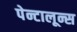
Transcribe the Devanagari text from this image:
पेन्टालून्स